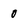
Character: 0